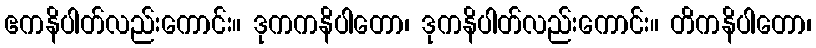
ဧကနိပါတ်လည်းကောင်း။ ဒုကကနိပါတော၊ ဒုကနိပါတ်လည်းကောင်း။ တိကနိပါတော၊